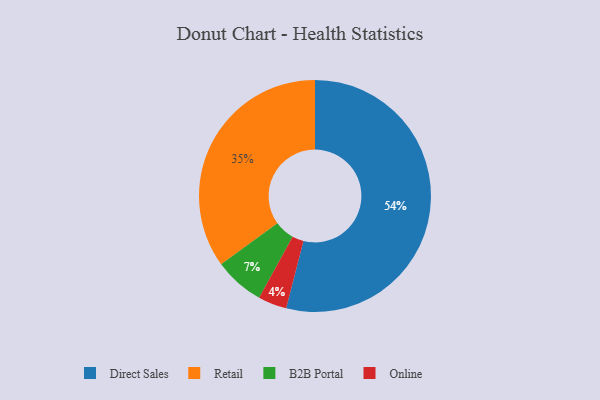
{"axis": {"x": "Category", "y": "Percentage"}, "legend": ["B2B Portal", "Direct Sales", "Online", "Retail"], "data": [{"x": "Retail", "y": 35, "type": "Retail"}, {"x": "B2B Portal", "y": 7, "type": "B2B Portal"}, {"x": "Direct Sales", "y": 54, "type": "Direct Sales"}, {"x": "Online", "y": 4, "type": "Online"}]}